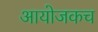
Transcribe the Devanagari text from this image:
आयोजकच